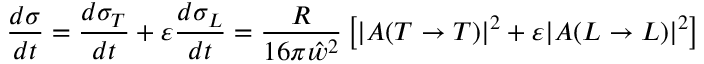
{ \frac { d \sigma } { d t } } = { \frac { d \sigma _ { T } } { d t } } + \varepsilon { \frac { d \sigma _ { L } } { d t } } = { \frac { R } { 1 6 \pi \hat { w } ^ { 2 } } } \left[ | A ( T \rightarrow T ) | ^ { 2 } + \varepsilon | A ( L \rightarrow L ) | ^ { 2 } \right]